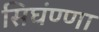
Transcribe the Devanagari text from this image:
सिघंण्णा